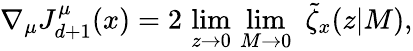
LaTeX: \nabla_{\mu}J_{d+1}^{\mu}(x)=2\, \operatorname*{lim}_{z\rightarrow 0}\, \operatorname*{lim}_{M\rightarrow 0}\, \, \tilde{\zeta}_{x}(z|M),